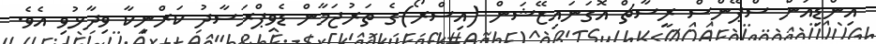
އިންޑިއަން ސްޕޭންސް ރީސާޗް އޮގަނައިޒޭޝަން (އިސްރޯ)ގެ ތަރުޖަމާން ޑެވިޕްރަސާދު ކަރްނިކާ ވިދާޅުވި އެވެ.